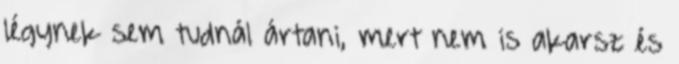
légynek sem tudnál ártani, mert nem is akarsz és